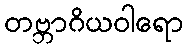
တဗ္ဘာဂိယဝါရော